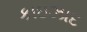
કાઇઝાદ